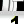
Digit: 1